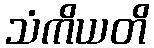
သံကိယတိ